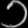
Digit: ၁